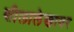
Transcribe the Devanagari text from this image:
शीलालेखावर